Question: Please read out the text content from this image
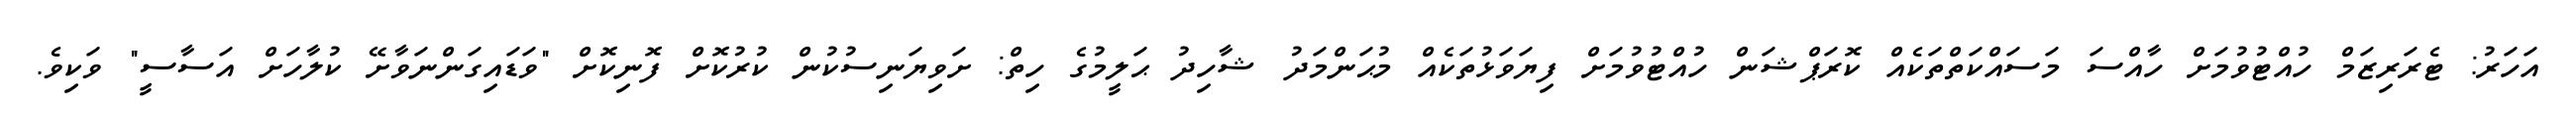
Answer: އަހަރު: ޓެރަރިޒަމް ހުއްޓުވުމަށް ހާއްސަ މަސައްކަތްތަކެއް ކޮރަޕްޝަން ހުއްޓުވުމަށް ފިޔަވަޅުތަކެއް މުޙަންމަދު ޝާހިދު ޙަލީމުގެ ހިތް: ށަވިޔަނިސުކުން ކުރުކޮށް ފޮނިކޮށް "ވަޑައިގަންނަވާށޭ ކުލާހަށް އަސާސީ" ވަކިވެ.